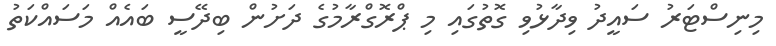
މިނިސްޓަރު ސައީދު ވިދާޅުވި ގޮތުގައި މި ޕްރޮގްރާމުގެ ދަށުން ބިދޭސީ ބައެއް މަސައްކަތު